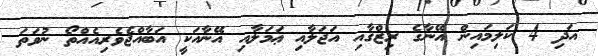
އަދި 4 ކަލިމައިން އޭނާގެ ރިޒްޤާއި އަޖަލާއި ޢަމަލާއި އޭނާއަކީ އަބާއްޖެވެރިއެއްތޯ ނުވަތަ